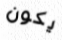
يكون